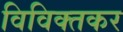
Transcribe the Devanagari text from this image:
विविक्तकर